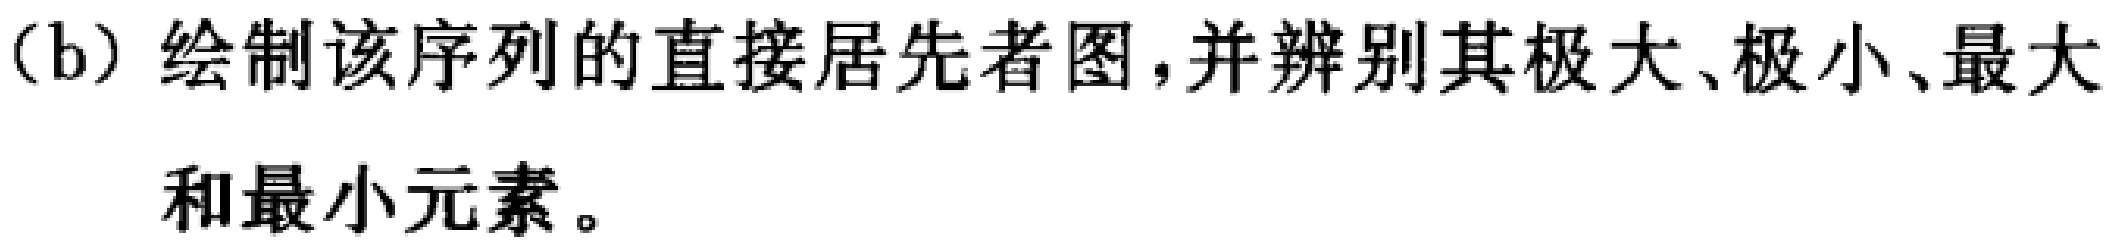
(b) 绘制该序列的直接居先者图,并辨别其极大、极小、最大和最小元素。